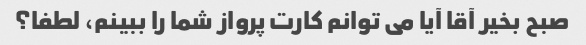
صبح بخیر آقا آیا می توانم کارت پرواز شما را ببینم، لطفا؟